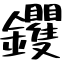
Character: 钁